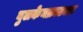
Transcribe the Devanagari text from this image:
वुलकेनक्राटजर